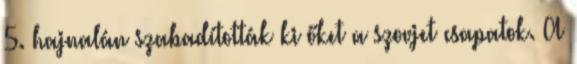
5. hajnalán szabadították ki őket a szovjet csapatok. A